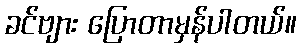
ခင်ဗျား ပြောတာမှန်ပါတယ်။